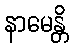
နာမေန္တိ